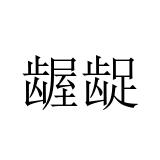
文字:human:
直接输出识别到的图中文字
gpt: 龌龊